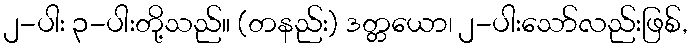
၂-ပါး ၃-ပါးတို့သည်။ (တနည်း) ဒတ္တယော၊ ၂-ပါးသော်လည်းဖြစ်,